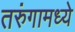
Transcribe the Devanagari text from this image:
तरुंगामध्ये